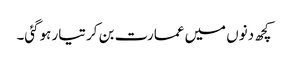
کچھ دنوں میں عمارت بن کر تیار ہوگئی۔